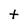
Character: t